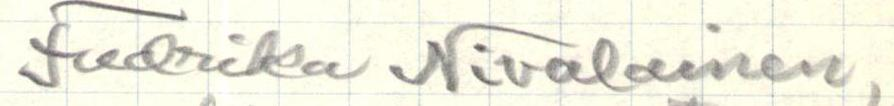
Fredrika Nivalainen